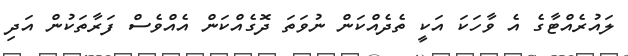
ލައުރެއްޓާގެ އެ ވާހަކަ އަކީ ތެދެއްކަން ނުވަތަ ދޮގެއްކަން އެއްވެސް ފަރާތަކުން އަދި